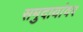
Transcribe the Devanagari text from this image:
समुदायांवर